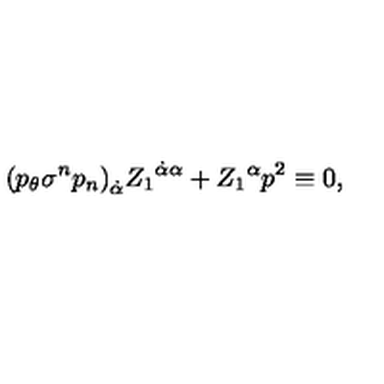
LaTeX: { ( p _ { \theta } \sigma ^ { n } p _ { n } ) } _ { \dot { \alpha } } { Z _ { 1 } } ^ { \dot { \alpha } \alpha } + { Z _ { 1 } } ^ { \alpha } p ^ { 2 } \equiv 0 ,